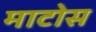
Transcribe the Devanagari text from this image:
माटोस